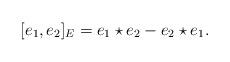
LaTeX: \begin{align*} [e_1,e_2]_E=e_1\star e_2-e_2\star e_1. \end{align*}